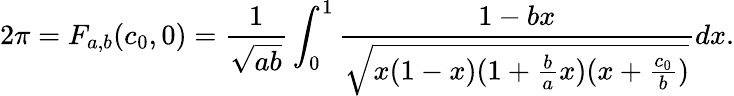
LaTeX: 2\pi=F_{a,b}(c_{0},0)=\frac{1}{\sqrt{ab}}\int_{0}^{1}\frac{1-bx}{\sqrt{x(1-x)(1+\frac{b}{a}x)(x+\frac{c_{0}}{b})}}dx.